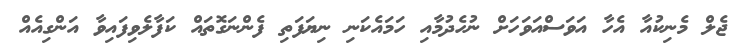
ޖެލް މެނިކުއާ އެހާ އަވަސްއަވަހަށް ނުހެދުމާއި ހަމައެކަނި ނިޔަފަތި ފެންނަގޮތައް ކަފާލެވިފައިވާ އަންގިއެއް